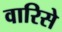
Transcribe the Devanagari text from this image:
वारिसे